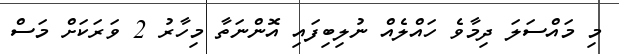
މި މައްސަލަ ދިމާވެ ހައްލެއް ނުލިބިފައި އޮންނަތާ މިހާރު 2 ވަރަކަށް މަސް